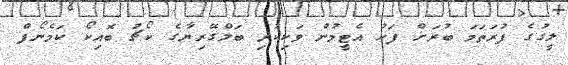
ލީގުގެ ފުރަތަމަ ބުރަށް ފަހު އެޓީމުން ވަކިކުރި ބަލްގޭރިޔާގެ ކޯޗު ބޮއިކޯ ކަމެނޯފް